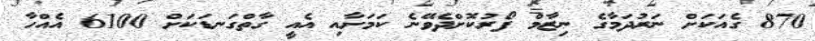
870 ގެއަކަށް ނަރުދަމާގެ ނިޒާމް ފޯރުކޮށްދެވޭނެ ކަމަށާއި އެއީ ގާތްގަނޑަކަށް 6100 އެއްހާ